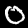
Label: 0